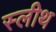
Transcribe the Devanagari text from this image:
स्लीथ